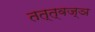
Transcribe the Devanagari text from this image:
तत्त्‍वज्ञ